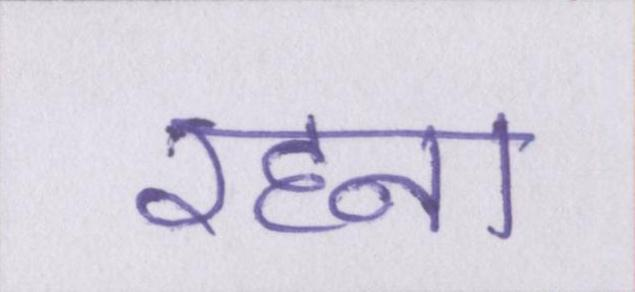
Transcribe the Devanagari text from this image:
रहना